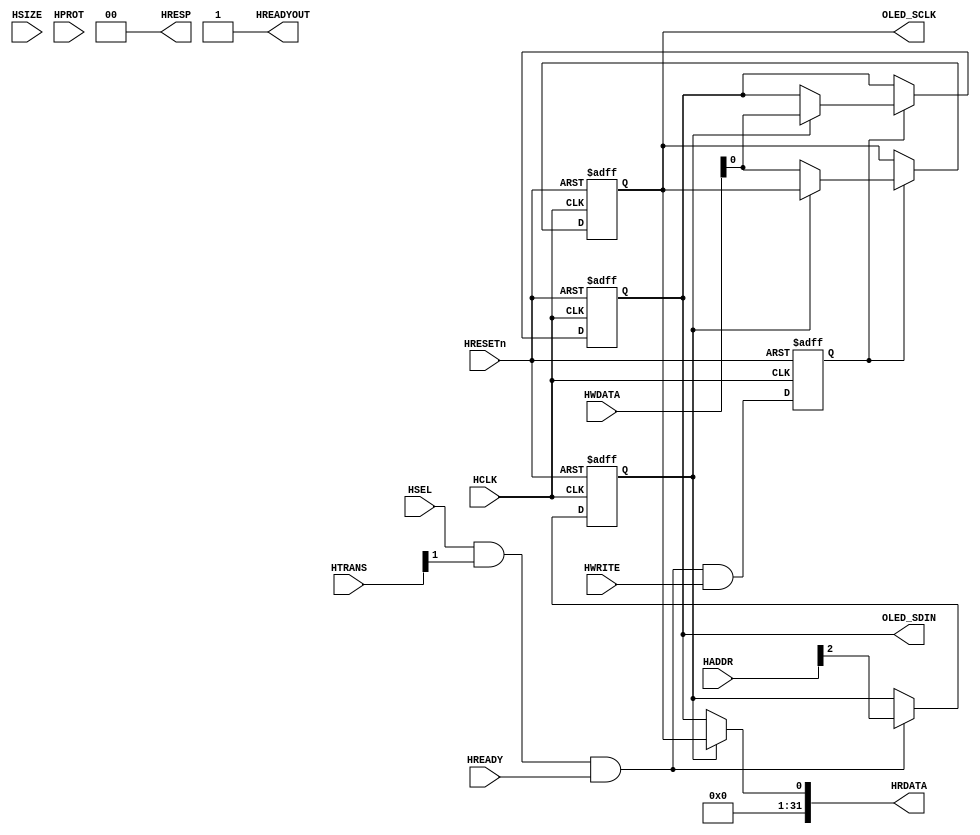
/**********************************************/
/*   OLED_SCLK     0X40020000                 */
/*   OLED_SDIN     0X40020004                 */
/**********************************************/

module AHBlite_OLED (
    input   wire                        HCLK,    
    input   wire                        HRESETn, 
    input   wire                        HSEL,    
    input   wire    [31:0]              HADDR,   
    input   wire    [1:0]               HTRANS,  
    input   wire    [2:0]               HSIZE,   
    input   wire    [3:0]               HPROT,   
    input   wire                        HWRITE,  
    input   wire    [31:0]              HWDATA,   
    input   wire                        HREADY, 
    output  wire                        HREADYOUT, 
    output  wire    [31:0]              HRDATA,  
    output  wire    [1:0]               HRESP,

    output  wire                        OLED_SCLK,
    output  wire                        OLED_SDIN
);


assign HRESP = 2'b0;
assign HREADYOUT = 1'b1;

wire trans_en;
assign trans_en = HSEL & HTRANS[1] & HREADY;

wire write_en;
assign write_en = trans_en & HWRITE;


reg wr_en_reg;
always@(posedge HCLK or negedge HRESETn) begin
  if(~HRESETn) wr_en_reg <= 1'b0;
  else wr_en_reg <= write_en;
end

reg addr_reg;
always@(posedge HCLK or negedge HRESETn) begin
  if(~HRESETn) addr_reg <= 1'b0;
  else if(trans_en) addr_reg <= HADDR[2];
end

reg sclk;
reg sdin;

always@(posedge HCLK or negedge HRESETn) begin
    if(~HRESETn) begin
        sclk <= 1'b1;
        sdin <= 1'b1;
    end else if(wr_en_reg) begin
        if(~addr_reg) sclk <= HWDATA[0];
        else sdin <= HWDATA[0];
    end
end

assign OLED_SCLK = sclk;
assign OLED_SDIN = sdin;

assign HRDATA = addr_reg ? {31'b0,sclk} : {31'b0,sdin};

endmodule